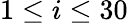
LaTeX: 1\leq i\leq 30